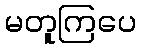
မတူကြပေ